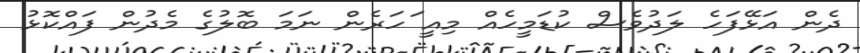
ދެން އަޅޭފަހެ ލަދުވެސް ކުޑަމީހެއް މިއީ ަހަރެން ނަމަ ބޮލުގެ މެދުން ފައްކޮޅު